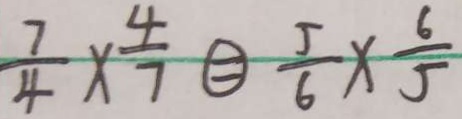
\frac { 7 } { 4 } \times \frac { 4 } { 7 } \textcircled { = } \frac { 5 } { 6 } \times \frac { 6 } { 5 }